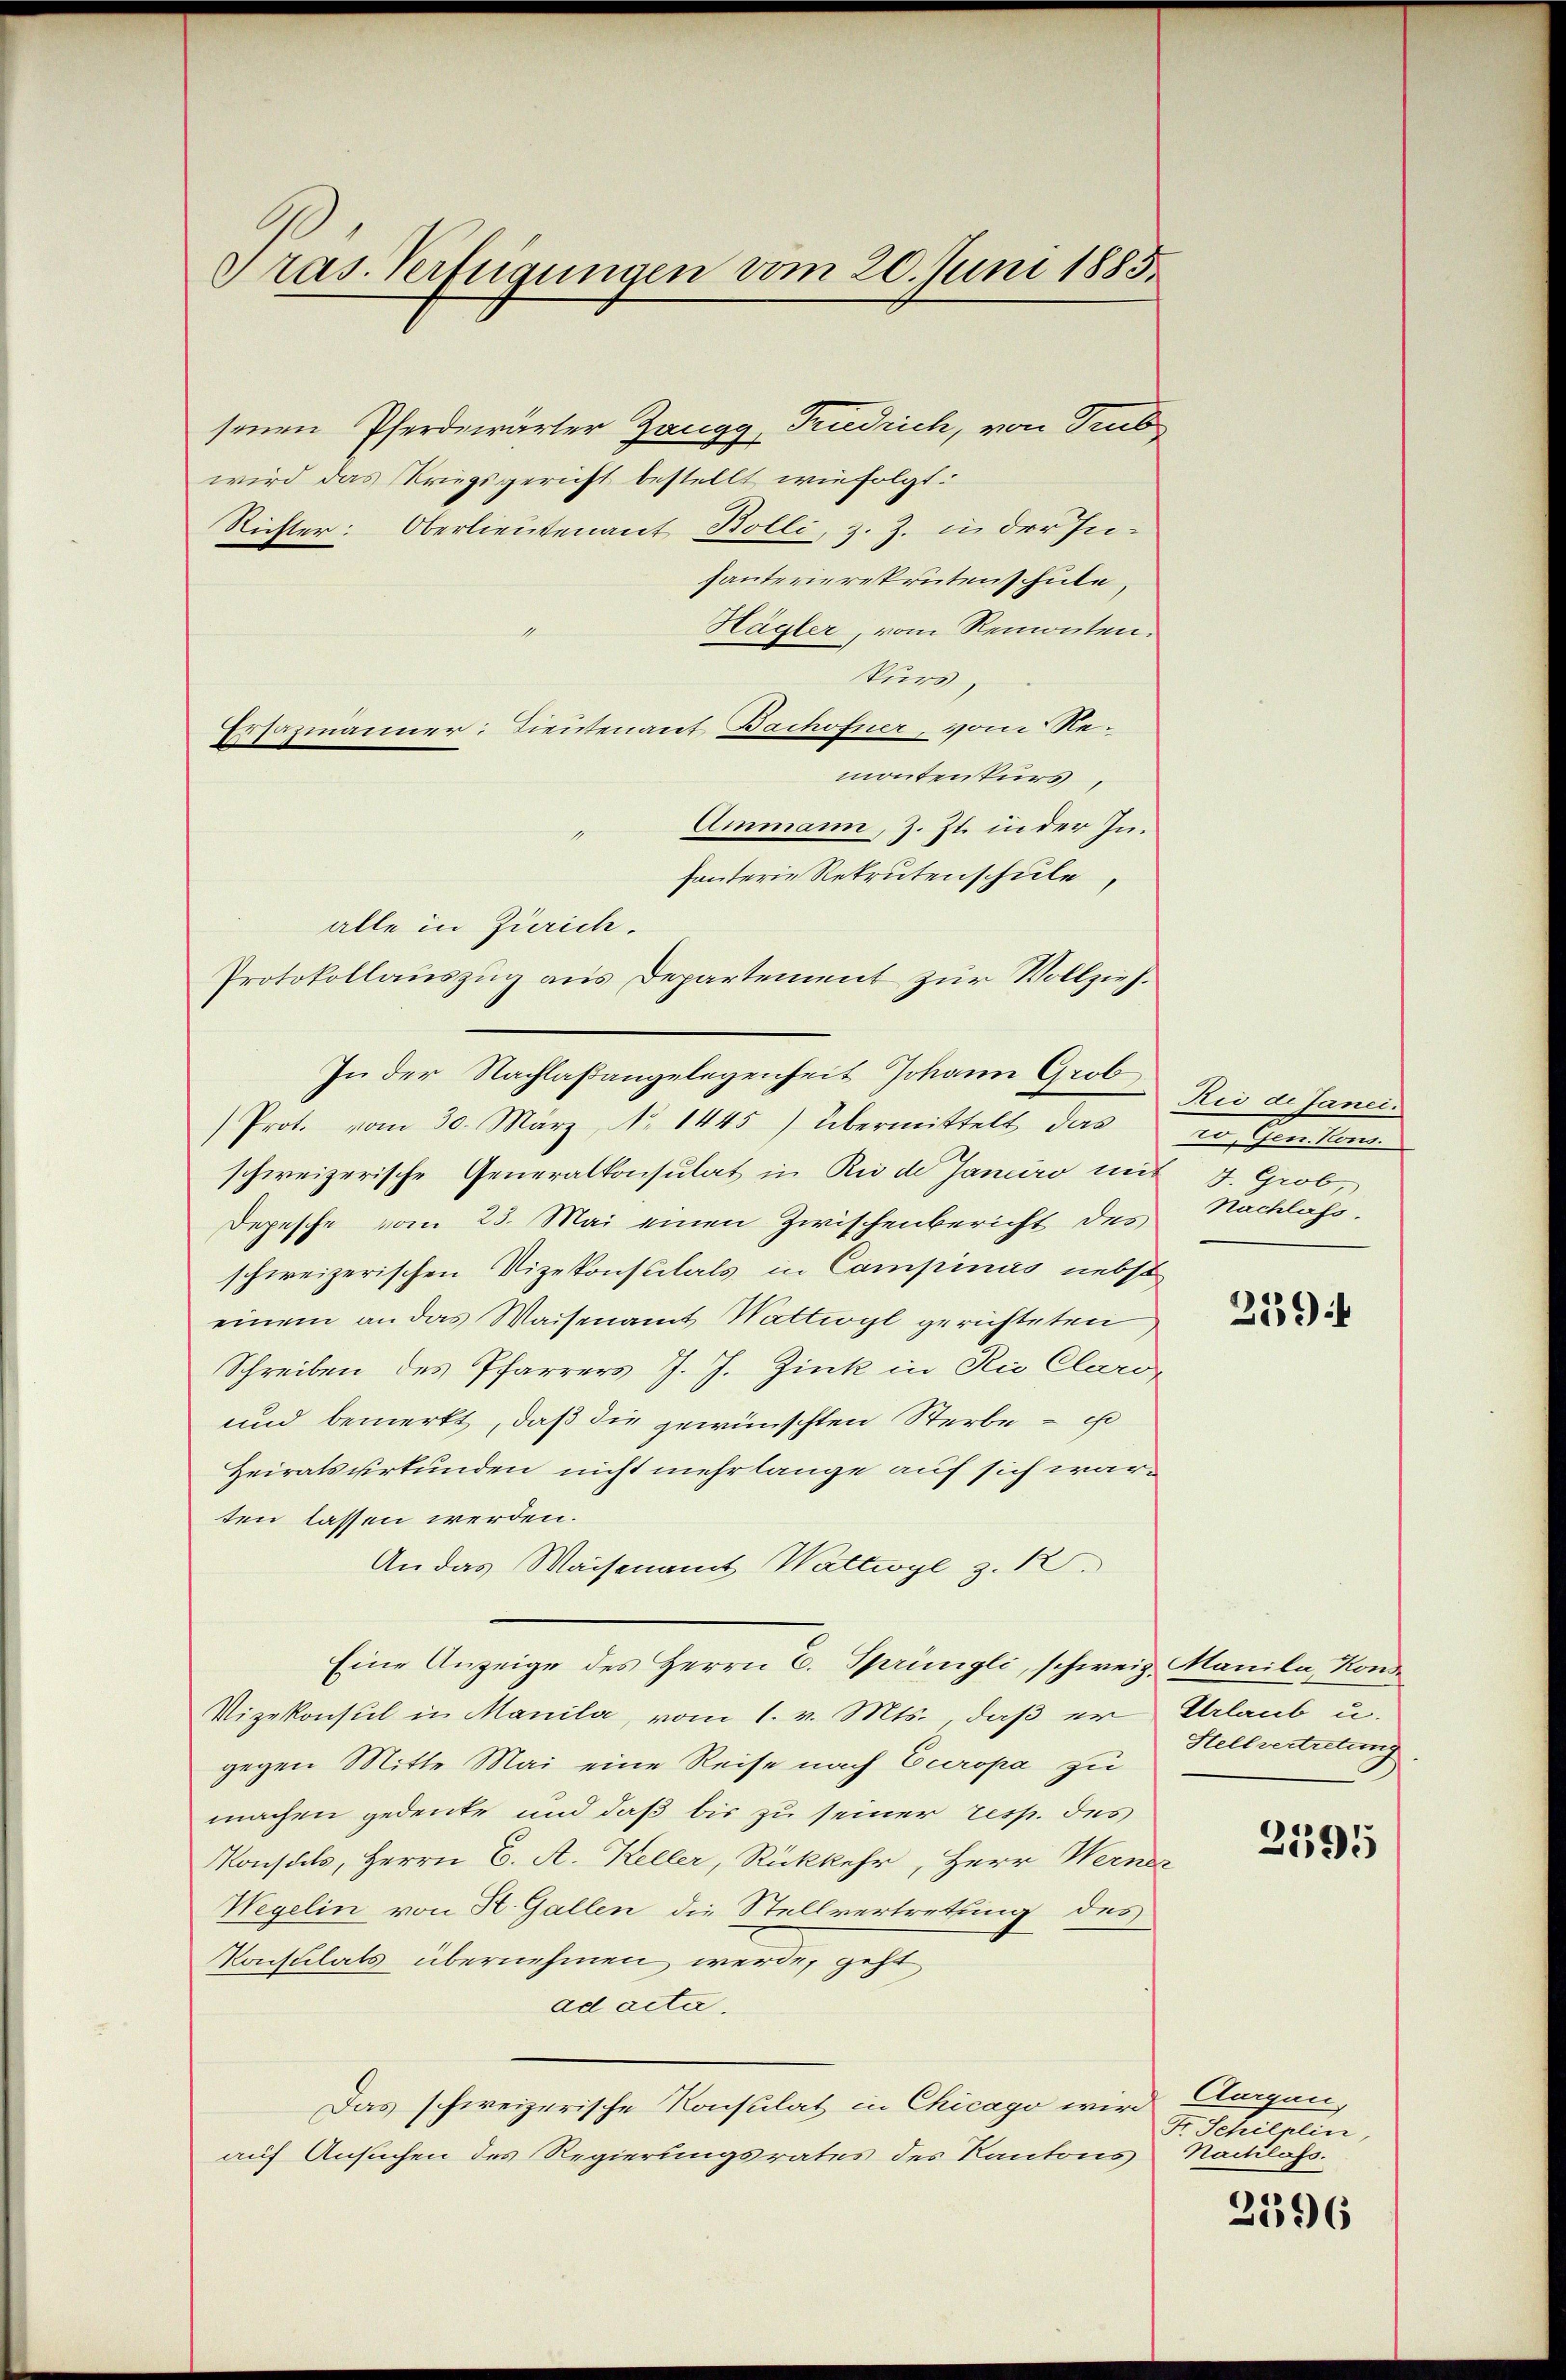
Gras. Verfügungen vom 20. Juni 1885.

Friedrich, von Trub
senen Pferdewärter Zangg
t
wird das Kriegsgericht bestellt wie folgt.
Richter: Oberlieutenant Bolli, z. Z. in der In-
hanterierekrutenschule,
Hägler, vom Remonten.
1
kurd,
Ersazmänner: Tieutenant Bachofner, vom Remontenkurs,
Ammann, z. Zt. in der Infanterie Rekrutenschule,
alle in Zürich.
Protokollauszug aus Departement zur Vollzieh¬
In der Nachlaßangelegenheit Johann Grob
Prot. vom 30. März, No. 1445) übermittelt das
schweizerische Generalkonsulat in Rede Janeiro mit 4. Grob,
Depesche vom 23. Mai einen Zwischenbericht des
schweizerischen Vizekonsulats in Campinas nebst
einem an das Waisenamt Wattwyl gerichteten
Schreiben des Pfarrers J. J. Zink in die Claro-
und bemerkt, daß die gewünschten Sterbe — es
Heiratsurkunden nicht mehr lange auf sich warten lassen werden.
An das Waisenamt Wattwyl z. 12.
Eine Anzeige des Herrn E. Sprüngli, schweiz. Manila, Kon
Vizekonsul in Manila, vom 1. v. Mts., daß er Erlaub u.
gegen Mitte Mai eine Reise nach Europa zu
machen gedenke und daß bis zu seiner resp. des
Konsuls, Herrn C. A. Keller, Rückkehr, Herr Werner
Wegelin von St. Gallen die Stellvertretung des
onsulats übernehmen werde, geht
ad acta.
Das schweizerische Konsulat in Chicago wird Aargau,
auf Ansuchen des Regierungsrates des Kantons

Rio de Janei
dunsten die
Nachlass.

21394

Stellvertretung

2395

Fr. Schilplin,
Nackilass.

2596